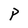
Character: P